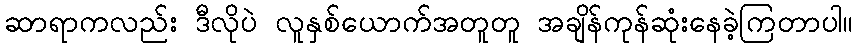
ဆာရာကလည်း ဒီလိုပဲ လူနှစ်ယောက်အတူတူ အချိန်ကုန်ဆုံးနေခဲ့ကြတာပါ။